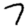
Digit: 7